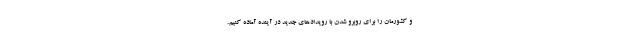
و کشورمان را برای روبرو شدن با رویدادهای جدید در آینده آماده کنیم.